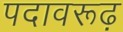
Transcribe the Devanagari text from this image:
पदावरूढ़